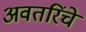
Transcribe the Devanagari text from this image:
अवतरिंचे